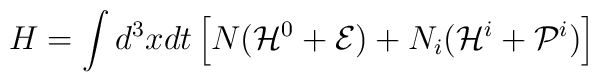
H = \int d^{3}x dt \left[ N ( {\cal H}^{0} + {\cal E} )+ N_{i} ( {\cal H}^{i} + {\cal P}^{i} ) \right]